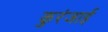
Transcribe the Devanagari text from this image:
कुरंजाई